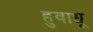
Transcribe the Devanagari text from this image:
हुवाधू